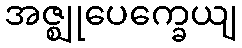
အဇ္ဈုပေက္ခေယျ